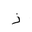
Letter: _zay